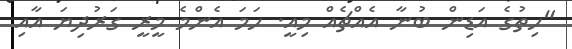
"ހިތުގެ އަޑިން ބުނާ އެއްޗެއް މިއީ. ހަމަ އެންމެ މީރީ ގަރުދިޔަ އާއި